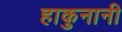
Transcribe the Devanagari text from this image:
हाकुनानी